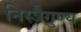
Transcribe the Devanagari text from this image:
निस्त्रैगुण्य